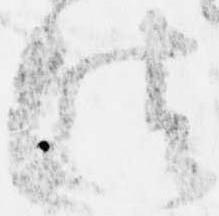
法